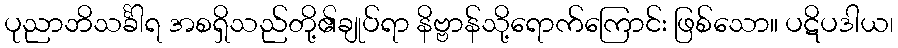
ပုညာဘိသင်္ခါရ အစရှိသည်တို့၏ချုပ်ရာ နိဗ္ဗာန်သို့ရောက်ကြောင်း ဖြစ်သော။ ပဋိပဒါယ၊